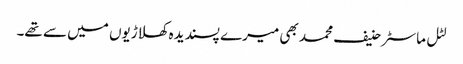
لٹل ماسٹر حنیف محمد بھی میرے پسندیدہ کھلاڑیوں میں سے تھے۔